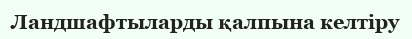
Ландшафтыларды қалпына келтіру